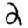
Digit: 2